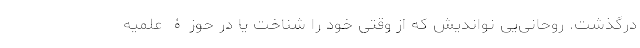
درگذشت. روحانی‌یی نواندیش که از وقتی خود را شناخت یا در حوزۀ علمیه